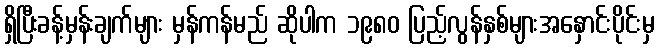
ရှိပြီးခန့်မှန်းချက်များ မှန်ကန်မည် ဆိုပါက ၁၉၈၀ ပြည့်လွန်နှစ်များအနှောင်းပိုင်းမှ